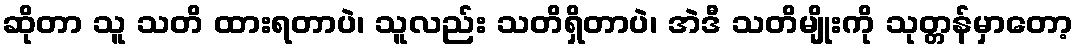
ဆိုတာ သူ သတိ ထားရတာပဲ၊ သူလည်း သတိရှိတာပဲ၊ အဲဒီ သတိမျိုးကို သုတ္တန်မှာတော့